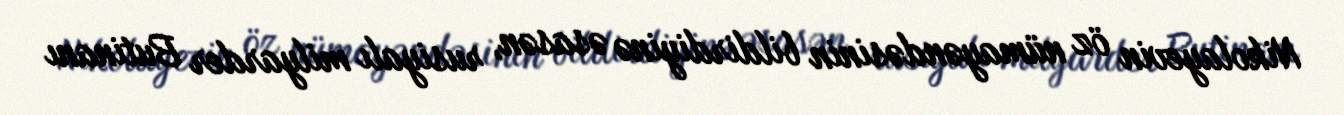
Nikolayevin öz nümayəndəsinin bildirdiyinə əsasən, rusiyalı milyarder Butinanı